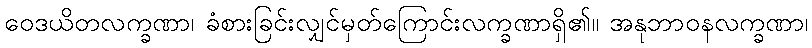
ဝေဒယိတလက္ခဏာ၊ ခံစားခြင်းလျှင်မှတ်ကြောင်းလက္ခဏာရှိ၏။ အနုဘာဝနလက္ခဏာ၊